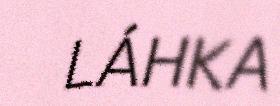
LÁHKA